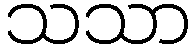
သသာ